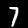
Digit: 7